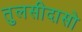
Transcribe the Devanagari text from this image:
तुलसीदासो